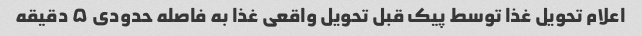
اعلام تحویل غذا توسط پیک قبل تحویل واقعی غذا به فاصله حدودی ۵ دقیقه